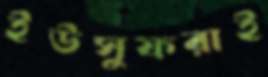
ইউসুফরাই